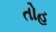
તોહ